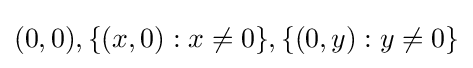
(0,0),\{(x,0):x\neq 0\},\{(0,y):y\neq 0\}